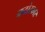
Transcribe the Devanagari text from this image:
कठोरकार